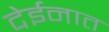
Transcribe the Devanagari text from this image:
देईनात